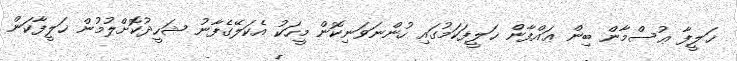
ޚަލީފާ ޢުސްމާން ބިން ޢައްފާން ޚަލީފަކަމުގައި ހުންނަވަނިކޮން މީހަކު އެކަލޭގެފާނު ޝަހީދުކޮށްލުމުން ޚަލީފާކަން